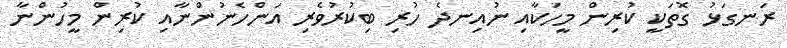
ރަނގަޅު ގޮތަކީ ކުރިން މީހަކާއި ނުއިނދެ ހުރި ބިކުރުވެރި އަންހެނުންނާއި ކުރިން މީހުންނާ